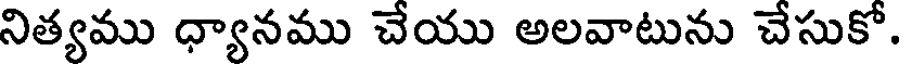
నిత్యము ధ్యానము చేయు అలవాటును చేసుకో.